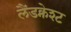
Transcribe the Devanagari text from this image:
लैंडक्नेश्ट